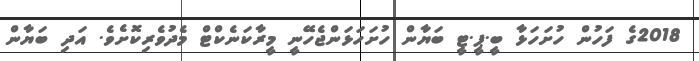
2018ގެ ފަހުން ހުށަހަޅާ ބީ.ޕީ.ޓީ ބަޔާން ހުށަހަޅަންޖެހޭނީ މީރާކަނެކްޓް މެދުވެރިކޮށެވެ. އަދި ބަޔާން